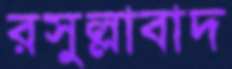
রসুল্লাবাদ